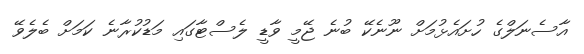
އާސެނަލްގެ ހުށައެޅުމަށް ނޫނެކޭ ބުނެ ޖޭމީ ވާޑީ ލެސްޓާގައި މަޑުކުރާނެ ކަމަށް ބެލެވޭ